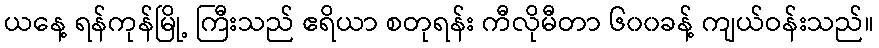
ယနေ့ ရန်ကုန်မြို့ ကြီးသည် ဧရိယာ စတုရန်း ကီလိုမီတာ ၆၀၀ခန့် ကျယ်ဝန်းသည်။